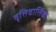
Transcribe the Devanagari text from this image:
वृत्तिवार्तिक